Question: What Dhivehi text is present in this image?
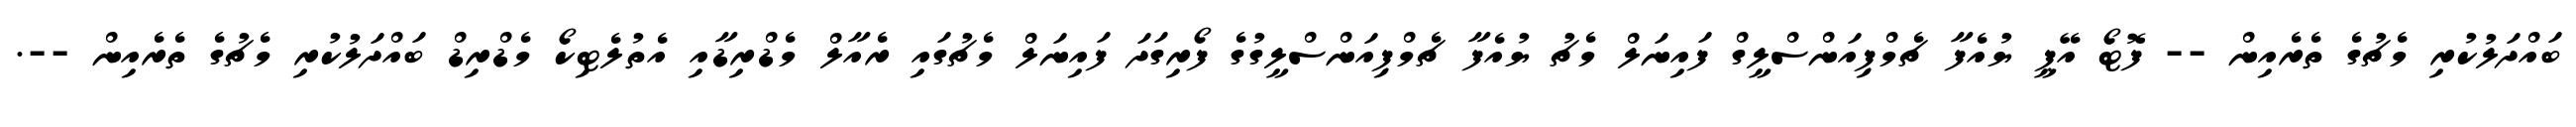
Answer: ބައްދަލުކުރި މެޗުގެ ތެރެއިން -- ފޮޓޯ އޭޕީ ޔުއެފާ ޗެމްޕިއަންސްލީގް ފައިނަލް މެޗު ޔުއެފާ ޗެމްޕިއަންސްލީގުގެ ފޯރިގަދަ ފައިނަލް މެޗުގައި ރެއާލް މެޑްރިޑާއި އެތުލެޓިކޯ މެޑްރިޑް ބައްދަލުކުރި މެޗުގެ ތެރެއިން --.